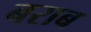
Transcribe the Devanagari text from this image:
बराब